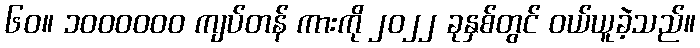
၆၀။ ၁၀၀၀၀၀၀ ကျပ်တန် ကားကို ၂၀၂၂ ခုနှစ်တွင် ဝယ်ယူခဲ့သည်။